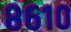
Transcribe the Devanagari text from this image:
८६१०